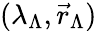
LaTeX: (\lambda_{\Lambda},\vec{r}_{\Lambda})